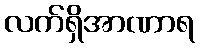
လက်ရှိအာဏာရ